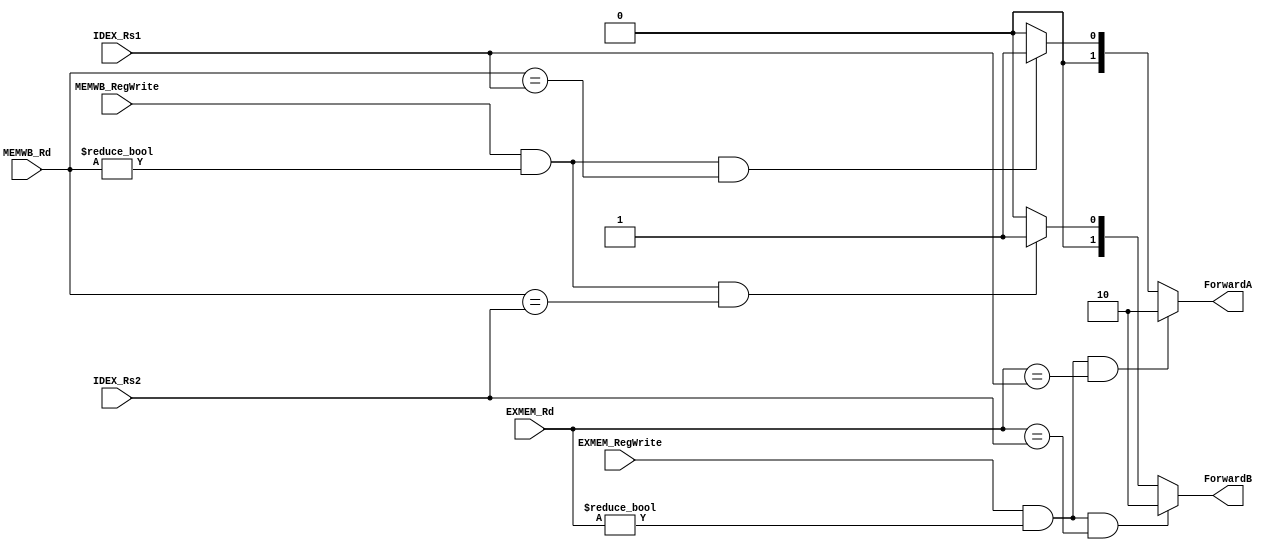
module ForwardingUnit
(
  input  [4:0]       IDEX_Rs1,
  input  [4:0]       IDEX_Rs2,
  input  [4:0]       EXMEM_Rd,
  input              EXMEM_RegWrite,
  input  [4:0]       MEMWB_Rd,
  input              MEMWB_RegWrite,

  output reg [1:0]       ForwardA,
  output reg [1:0]       ForwardB
);

always @(*) begin
  ForwardA = 2'b00;
  ForwardB = 2'b00;
  if (EXMEM_RegWrite && EXMEM_Rd != 0 && EXMEM_Rd == IDEX_Rs1) begin
    ForwardA = 2'b10;
  end else if (MEMWB_RegWrite && MEMWB_Rd != 0 && MEMWB_Rd == IDEX_Rs1) begin
    ForwardA = 2'b01; 
  end

  if (EXMEM_RegWrite && EXMEM_Rd != 0 && EXMEM_Rd == IDEX_Rs2) begin
    ForwardB = 2'b10;
  end else if (MEMWB_RegWrite && MEMWB_Rd != 0 && MEMWB_Rd == IDEX_Rs2) begin
    ForwardB = 2'b01; 
  end
end

endmodule